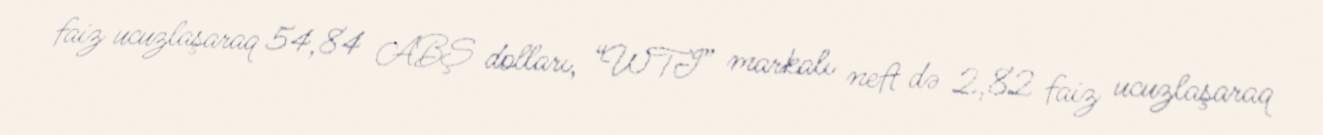
faiz ucuzlaşaraq 54,84 ABŞ dolları, “WTI” markalı neft də 2,82 faiz ucuzlaşaraq